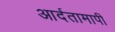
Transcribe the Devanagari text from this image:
आर्दतामापी